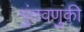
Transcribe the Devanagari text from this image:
गुंतवणुकी